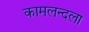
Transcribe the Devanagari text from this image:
कामलन्दला